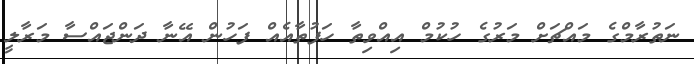
ނަތުރާމްގެ މައްޗަށް މަރުގެ ހުކުމް އިއްވިތާ ހަފުތާއެއް ފަހުން އޭނާ ދަންޖައްސާ މަރާލީ